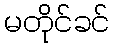
မတိုင်ခင်